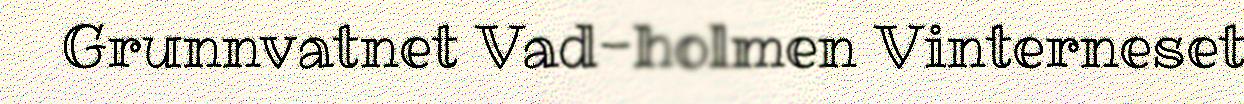
Grunnvatnet Vad-holmen Vinterneset